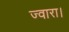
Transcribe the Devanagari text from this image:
ज्वारा।